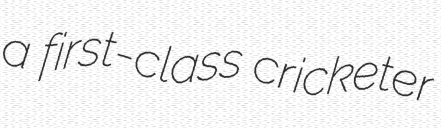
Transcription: a first-class cricketer